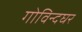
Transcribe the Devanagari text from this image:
गोविन्दघर